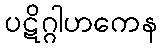
ပဋိဂ္ဂါဟကေန